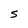
Character: 5